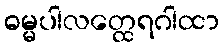
ဓမ္မပါလတ္ထေရဂါထာ